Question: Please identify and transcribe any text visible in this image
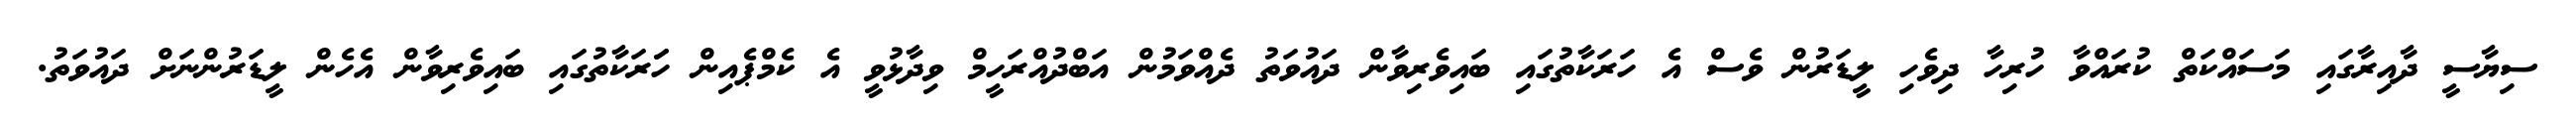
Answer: ސިޔާސީ ދާއިރާގައި މަސައްކަތް ކުރައްވާ ހުރިހާ ދިވެހި ލީޑަރުން ވެސް އެ ހަރަކާތުގައި ބައިވެރިވާން ދައުވަތު ދެއްވަމުން އަބްދުއްރަހީމް ވިދާޅުވީ އެ ކެމްޕެއިން ހަަރަކާތުގައި ބައިވެރިވާން އެހެން ލީޑަރުންނަށް ދައުވަތު.